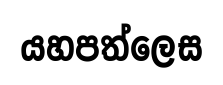
යහපත්ලෙස